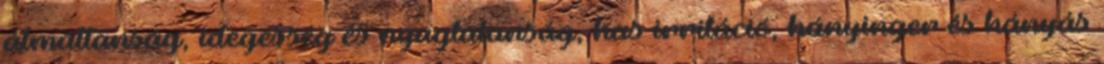
álmatlanság, idegesség és nyugtalanság, has irritáció, hányinger és hányás